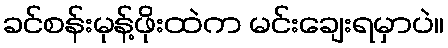
ခင်စန်းမုန့်ဖိုးထဲက မင်းချေးရမှာပဲ။